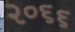
૨૦૬૬